Tartu_pedagoogiumi_aruanded, lk 22
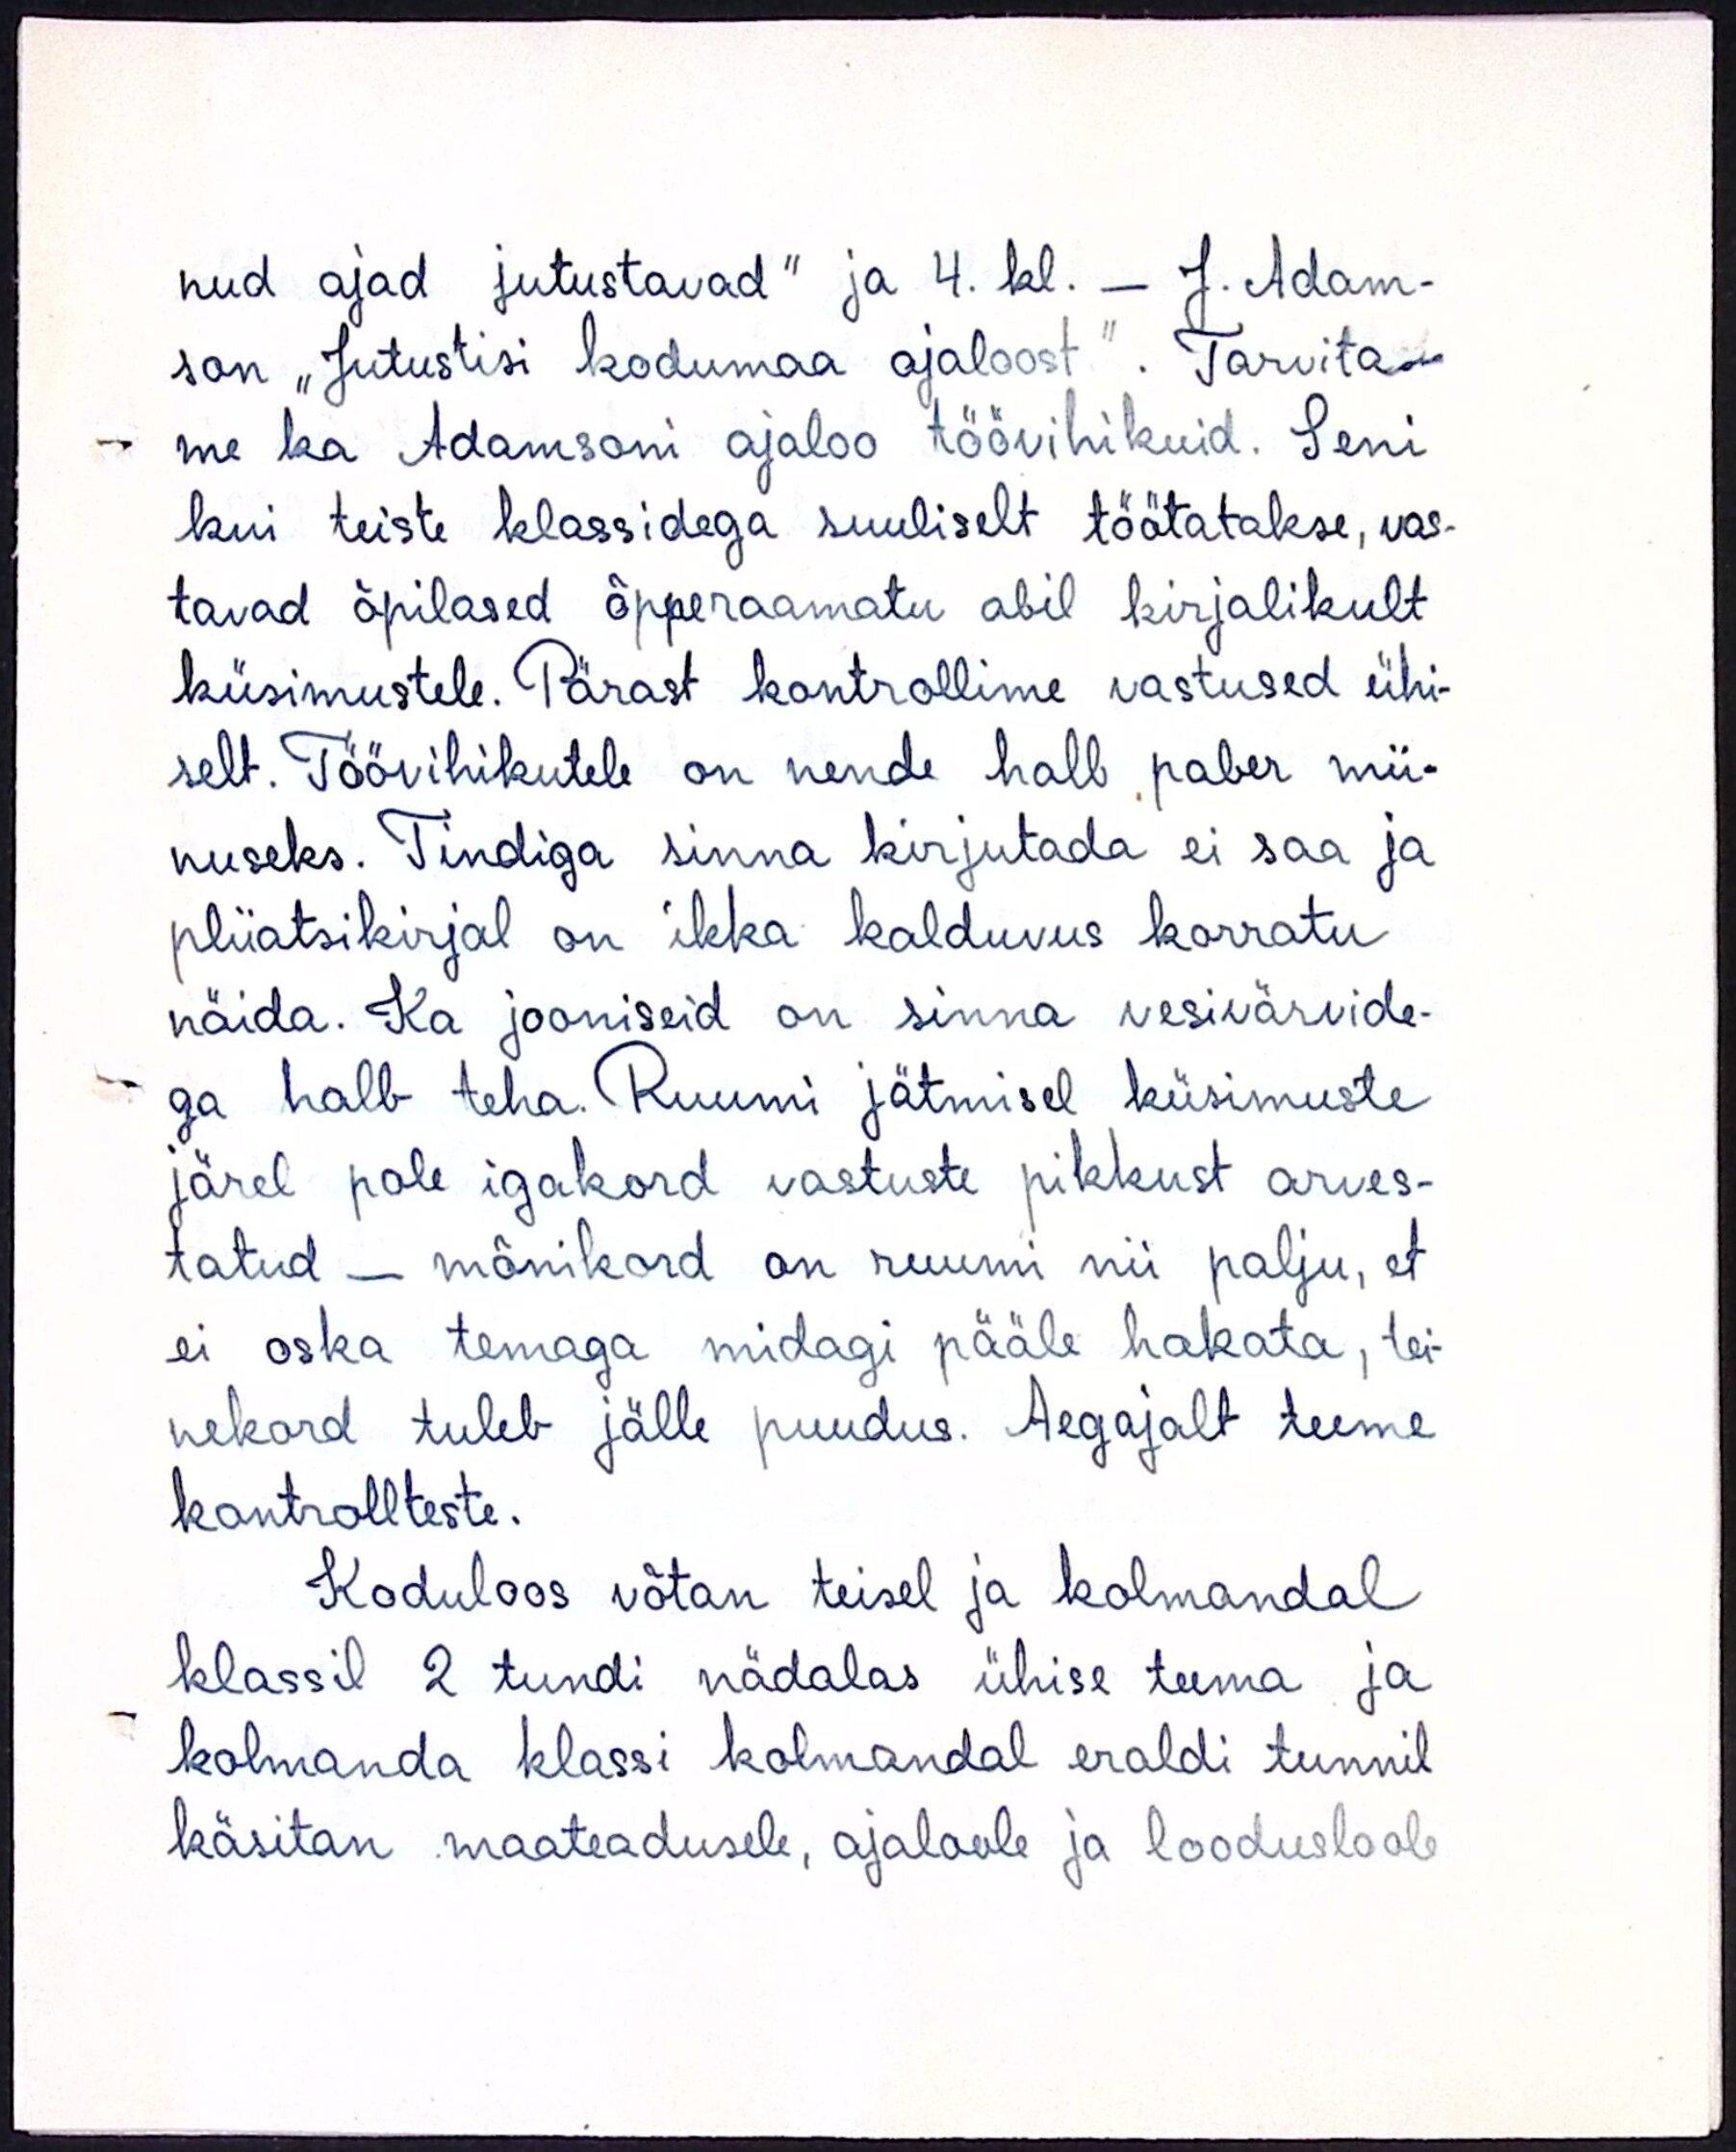
nud ajad jutustavad" ja 4. kl. - J. Adam-
son "Jutustisi kodumaa ajaloost". Tarvita-
me ka Adamsoni ajaloo töövihikuid. Seni
kui teiste klassidega suuliselt töötatakse, vas-
tavad õpilased õpperaamatu abil kirjalikult
küsimustele. Pärast kontrollime vastused ühi-
selt. Töövihikutele on nende halb paber mii-
nuseks. Tindiga sinna kirjutada ei saa ja
pliiatsikirjal on ikka kalduvus korratu
näida. Ka jooniseid on sinna vesivärvide-
ga halb teha. Ruumi jätmisel küsimuste
järel pole igakord vastuste pikkust arves-
tatud - mõnikord on ruumi nii palju, et
ei oska temaga midagi pääle hakata, tei-
nekord tuleb jälle puudus. Aegajalt teeme
kontrollteste.
Koduloos võtan teisel ja kolmandal
klassil 2 tundi nädalas ühise teema ja
kolmanda klassi kolmandal eraldi tunnil
käsitan maateadusele, ajaloole ja loodusloole